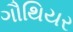
ગૌથિયર